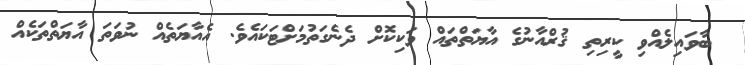
ބާވައިލެއްވި ކީރިތި ޤުރްއާނުގެ އާޔަތްތައް ވަކިކޮށް ދެނެގަތުމަށްޓަކައެވެ. އެއާޔަތެއް ނުވަތަ އާޔަތްތަކެއް